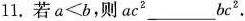
11.若$$a < b$$，则ac^{2}___bc^{2}.